Source: Handwritten
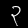
Digit: ၃ (3)